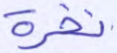
نخرة